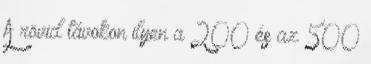
A rövid távokon ilyen a 200 és az 500